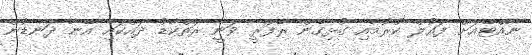
ނާއްޓޭއަށް ފައުލް ކުރުމާއި ގުޅިގެން ރެފްރީ ވަނީ ރަތްކާޑު ދައްކައި އޭނާ ދަނޑުން